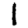
Digit: 1